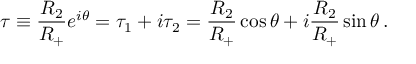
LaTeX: \tau \equiv \frac { R _ { 2 } } { R _ { + } } e ^ { i \theta } = \tau _ { 1 } + i \tau _ { 2 } = \frac { R _ { 2 } } { R _ { + } } \cos \theta + i \frac { R _ { 2 } } { R _ { + } } \sin \theta \, .